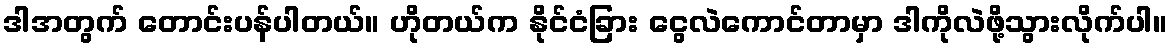
ဒါအတွက် တောင်းပန်ပါတယ်။ ဟိုတယ်က နိုင်ငံခြား ငွေလဲကောင်တာမှာ ဒါကိုလဲဖို့သွားလိုက်ပါ။